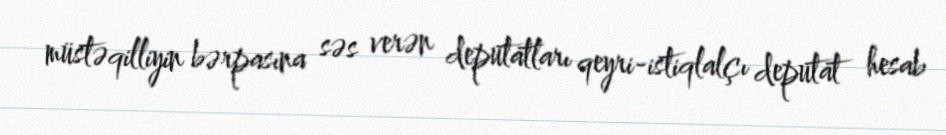
müstəqilliyin bərpasına səs verən deputatları qeyri-istiqlalçı deputat hesab